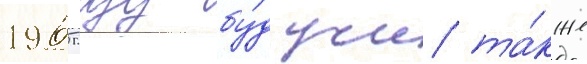
1965 году бу́дучи та́кже